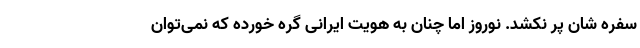
سفره شان پَر نکشد. نوروز اما چنان به هویت ایرانی گره خورده که نمی‌توان